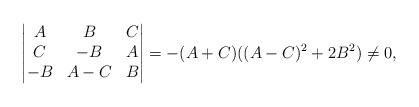
LaTeX: \begin{align*}\begin{vmatrix}A & B & C\\C & -B & A\\-B & A-C & B\\\end{vmatrix}=-(A+C)((A-C)^{2}+2B^{2})\neq 0,\end{align*}